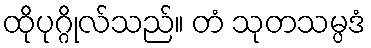
ထိုပုဂ္ဂိုလ်သည်။ တံ သုတသမ္ပဒံ